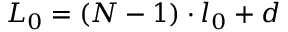
L _ { 0 } = ( N - 1 ) \cdot l _ { 0 } + d